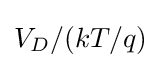
V_{D}/(kT/q)